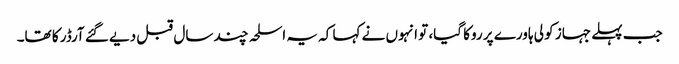
جب پہلے جہاز کو لی ہاورے پر روکا گیا، تو انہوں نے کہا کہ یہ اسلحہ چند سال قبل دیے گئے آرڈر کا تھا۔